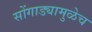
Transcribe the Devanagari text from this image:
सोंगाड्यामुळेच